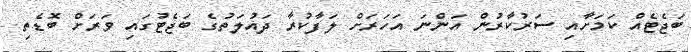
ބަޖެޓެއް ކަމަށާއި ސަރުކާރުން އަންނަ އަހަރަށް ލަފާކުރާ ދައުލަތުގެ ބަޖެޓުގައި ވަރަށް ބޮޑެތި